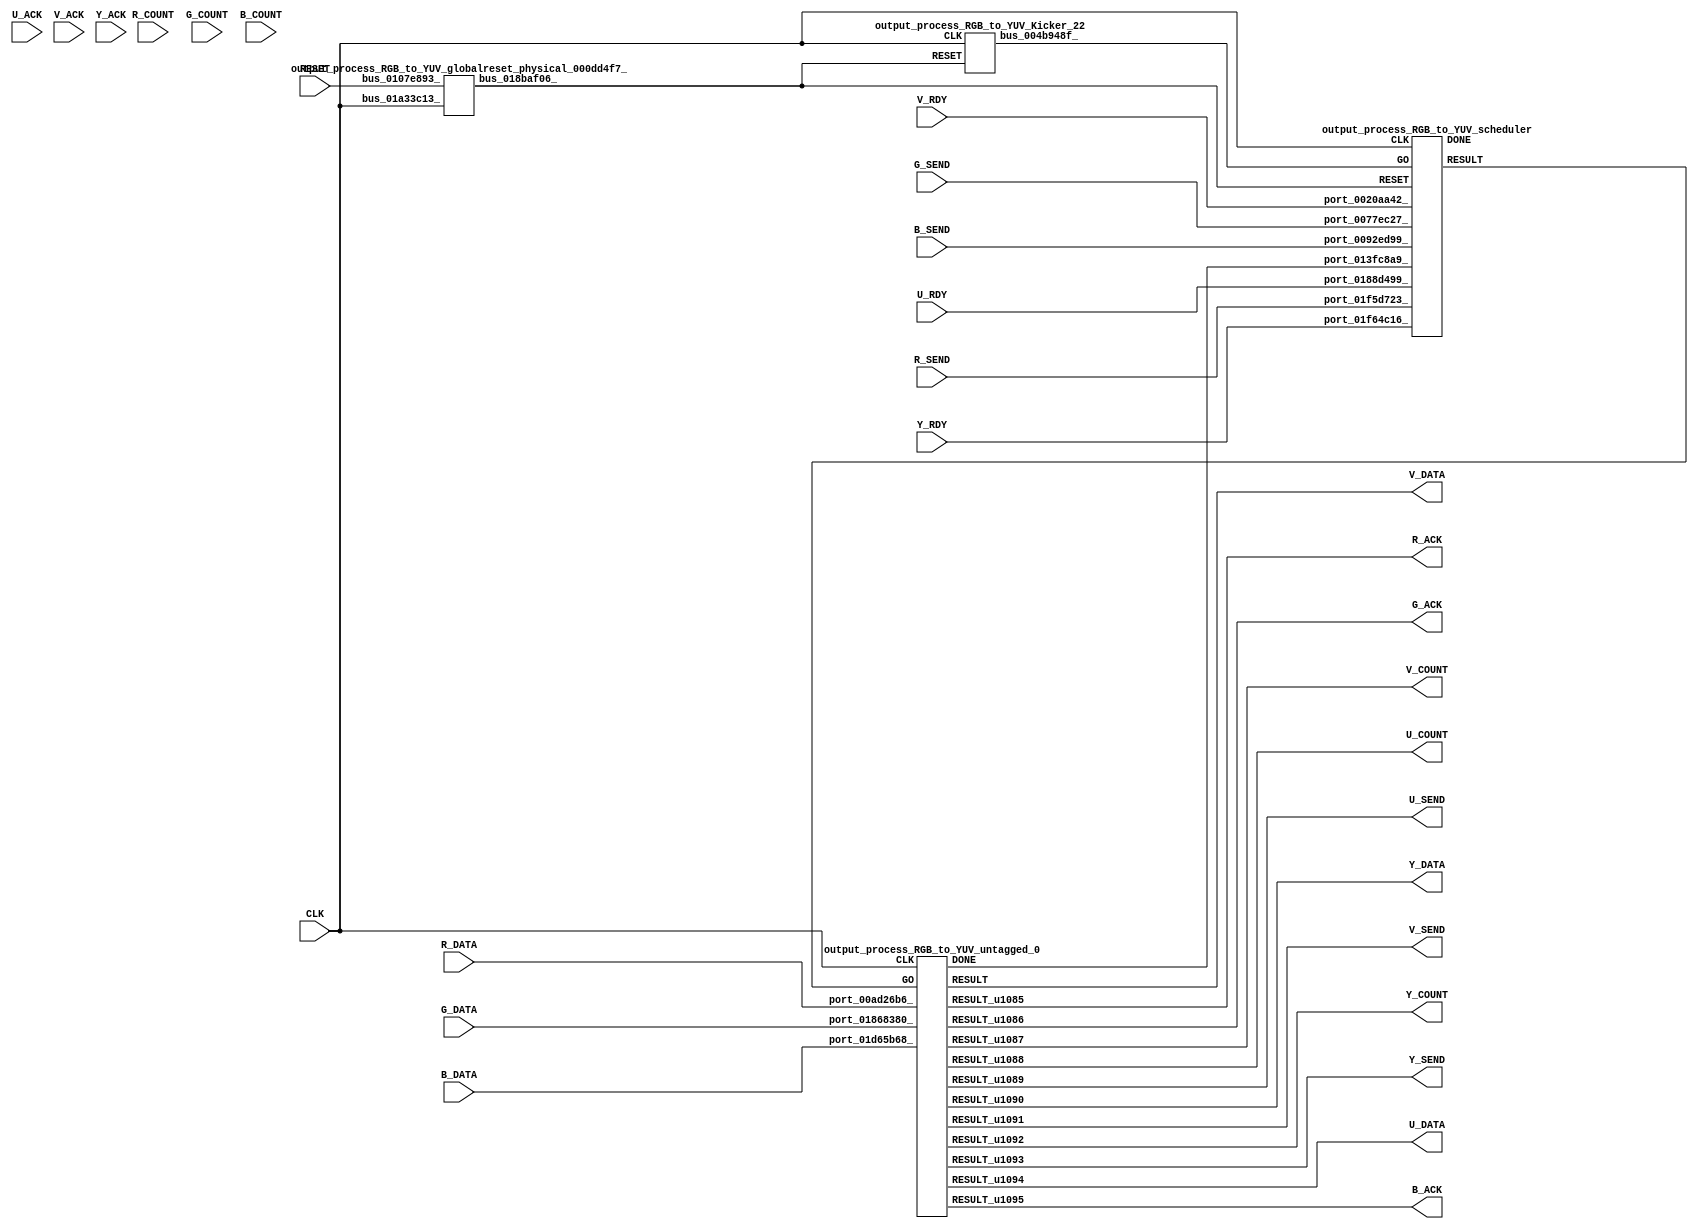
// __  ___ __ ___  _ __   ___  ___ 
// \ \/ / '__/ _ \| '_ \ / _ \/ __|
//  >  <| | | (_) | | | | (_) \__ \
// /_/\_\_|  \___/|_| |_|\___/|___/
// 
// Xronos synthesizer version
// Run date: Wed 14 Oct 2015 15:56:48 +0100
// 

module output_process_RGB_to_YUV(V_COUNT, U_ACK, Y_DATA, B_SEND, R_COUNT, V_ACK, R_DATA, Y_RDY, R_ACK, G_ACK, G_DATA, V_SEND, U_DATA, B_ACK, V_DATA, U_RDY, U_COUNT, RESET, U_SEND, Y_COUNT, R_SEND, CLK, G_COUNT, B_DATA, G_SEND, V_RDY, Y_SEND, B_COUNT, Y_ACK);
output	[15:0]	V_COUNT;
input		U_ACK;
output	[7:0]	Y_DATA;
input		B_SEND;
input	[15:0]	R_COUNT;
input		V_ACK;
input	[7:0]	R_DATA;
input		Y_RDY;
wire		untagged_0_go;
output		R_ACK;
output		G_ACK;
input	[7:0]	G_DATA;
output		V_SEND;
output	[7:0]	U_DATA;
output		B_ACK;
output	[7:0]	V_DATA;
input		U_RDY;
output	[15:0]	U_COUNT;
input		RESET;
output		U_SEND;
output	[15:0]	Y_COUNT;
input		R_SEND;
input		CLK;
input	[15:0]	G_COUNT;
input	[7:0]	B_DATA;
input		G_SEND;
input		V_RDY;
wire		untagged_0_done;
output		Y_SEND;
input	[15:0]	B_COUNT;
input		Y_ACK;
wire		bus_018baf06_;
wire		scheduler;
wire		output_process_RGB_to_YUV_scheduler_instance_DONE;
wire		bus_0080466a_;
wire		untagged_0;
wire		untagged_0_u38;
wire	[15:0]	untagged_0_u35;
wire	[15:0]	untagged_0_u36;
wire	[7:0]	untagged_0_u37;
wire		untagged_0_u41;
wire		output_process_RGB_to_YUV_untagged_0_instance_DONE;
wire	[7:0]	untagged_0_u42;
wire		untagged_0_u39;
wire		untagged_0_u34;
wire		untagged_0_u43;
wire	[7:0]	untagged_0_u33;
wire	[15:0]	untagged_0_u40;
wire		bus_004b948f_;
assign V_COUNT=untagged_0_u36;
assign Y_DATA=untagged_0_u37;
assign untagged_0_go=scheduler;
assign R_ACK=untagged_0;
assign G_ACK=untagged_0_u34;
assign V_SEND=untagged_0_u41;
assign U_DATA=untagged_0_u42;
assign B_ACK=untagged_0_u43;
assign V_DATA=untagged_0_u33;
assign U_COUNT=untagged_0_u35;
assign U_SEND=untagged_0_u38;
assign Y_COUNT=untagged_0_u40;
assign untagged_0_done=bus_0080466a_;
assign Y_SEND=untagged_0_u39;
output_process_RGB_to_YUV_globalreset_physical_000dd4f7_ output_process_RGB_to_YUV_globalreset_physical_000dd4f7__1(.bus_01a33c13_(CLK), 
  .bus_0107e893_(RESET), .bus_018baf06_(bus_018baf06_));
output_process_RGB_to_YUV_scheduler output_process_RGB_to_YUV_scheduler_instance(.CLK(CLK), 
  .RESET(bus_018baf06_), .GO(bus_004b948f_), .port_0188d499_(U_RDY), .port_0077ec27_(G_SEND), 
  .port_0020aa42_(V_RDY), .port_013fc8a9_(untagged_0_done), .port_0092ed99_(B_SEND), 
  .port_01f64c16_(Y_RDY), .port_01f5d723_(R_SEND), .RESULT(scheduler), .DONE(output_process_RGB_to_YUV_scheduler_instance_DONE));
assign bus_0080466a_=output_process_RGB_to_YUV_untagged_0_instance_DONE&{1{output_process_RGB_to_YUV_untagged_0_instance_DONE}};
output_process_RGB_to_YUV_untagged_0 output_process_RGB_to_YUV_untagged_0_instance(.CLK(CLK), 
  .GO(untagged_0_go), .port_01d65b68_(B_DATA), .port_01868380_(G_DATA), .port_00ad26b6_(R_DATA), 
  .RESULT_u1085(untagged_0), .RESULT(untagged_0_u33), .RESULT_u1086(untagged_0_u34), 
  .RESULT_u1088(untagged_0_u35), .RESULT_u1087(untagged_0_u36), .RESULT_u1090(untagged_0_u37), 
  .RESULT_u1089(untagged_0_u38), .RESULT_u1093(untagged_0_u39), .RESULT_u1092(untagged_0_u40), 
  .RESULT_u1091(untagged_0_u41), .RESULT_u1094(untagged_0_u42), .RESULT_u1095(untagged_0_u43), 
  .DONE(output_process_RGB_to_YUV_untagged_0_instance_DONE));
output_process_RGB_to_YUV_Kicker_22 output_process_RGB_to_YUV_Kicker_22_1(.CLK(CLK), 
  .RESET(bus_018baf06_), .bus_004b948f_(bus_004b948f_));
endmodule



module output_process_RGB_to_YUV_globalreset_physical_000dd4f7_(bus_01a33c13_, bus_0107e893_, bus_018baf06_);
input		bus_01a33c13_;
input		bus_0107e893_;
output		bus_018baf06_;
wire		and_0103d30b_u0;
reg		cross_u22=1'h0;
wire		or_00362c3f_u0;
reg		glitch_u22=1'h0;
reg		final_u22=1'h1;
reg		sample_u22=1'h0;
wire		not_0072f07e_u0;
assign bus_018baf06_=or_00362c3f_u0;
assign and_0103d30b_u0=cross_u22&glitch_u22;
always @(posedge bus_01a33c13_)
begin
cross_u22<=sample_u22;
end
assign or_00362c3f_u0=bus_0107e893_|final_u22;
always @(posedge bus_01a33c13_)
begin
glitch_u22<=cross_u22;
end
always @(posedge bus_01a33c13_)
begin
final_u22<=not_0072f07e_u0;
end
always @(posedge bus_01a33c13_)
begin
sample_u22<=1'h1;
end
assign not_0072f07e_u0=~and_0103d30b_u0;
endmodule



module output_process_RGB_to_YUV_scheduler(CLK, RESET, GO, port_0077ec27_, port_0188d499_, port_0020aa42_, port_013fc8a9_, port_0092ed99_, port_01f64c16_, port_01f5d723_, RESULT, DONE);
input		CLK;
input		RESET;
input		GO;
input		port_0077ec27_;
input		port_0188d499_;
input		port_0020aa42_;
input		port_013fc8a9_;
input		port_0092ed99_;
input		port_01f64c16_;
input		port_01f5d723_;
output		RESULT;
output		DONE;
wire		and_u1653_u0;
wire		and_u1654_u0;
wire		and_u1655_u0;
wire		and_u1656_u0;
wire		and_u1657_u0;
wire		not_u338_u0;
wire		and_u1658_u0;
wire		and_u1659_u0;
wire		and_u1660_u0;
wire		not_u339_u0;
wire		and_u1661_u0;
wire		simplePinWrite;
wire		and_u1662_u0;
wire		and_u1663_u0;
wire		or_u476_u0;
reg		loopControl_u36=1'h0;
assign and_u1653_u0=or_u476_u0&or_u476_u0;
assign and_u1654_u0=port_01f5d723_&port_0077ec27_;
assign and_u1655_u0=and_u1654_u0&port_0092ed99_;
assign and_u1656_u0=port_01f64c16_&port_0188d499_;
assign and_u1657_u0=and_u1656_u0&port_0020aa42_;
assign not_u338_u0=~and_u1655_u0;
assign and_u1658_u0=and_u1653_u0&not_u338_u0;
assign and_u1659_u0=and_u1653_u0&and_u1655_u0;
assign and_u1660_u0=and_u1663_u0&not_u339_u0;
assign not_u339_u0=~and_u1657_u0;
assign and_u1661_u0=and_u1663_u0&and_u1657_u0;
assign simplePinWrite=and_u1662_u0&{1{and_u1662_u0}};
assign and_u1662_u0=and_u1661_u0&and_u1663_u0;
assign and_u1663_u0=and_u1659_u0&and_u1653_u0;
assign or_u476_u0=GO|loopControl_u36;
always @(posedge CLK or posedge RESET)
begin
if (RESET)
loopControl_u36<=1'h0;
else loopControl_u36<=and_u1653_u0;
end
assign RESULT=simplePinWrite;
assign DONE=1'h0;
endmodule



module output_process_RGB_to_YUV_untagged_0(CLK, GO, port_01d65b68_, port_01868380_, port_00ad26b6_, RESULT, RESULT_u1085, RESULT_u1086, RESULT_u1087, RESULT_u1088, RESULT_u1089, RESULT_u1090, RESULT_u1091, RESULT_u1092, RESULT_u1093, RESULT_u1094, RESULT_u1095, DONE);
input		CLK;
input		GO;
input	[7:0]	port_01d65b68_;
input	[7:0]	port_01868380_;
input	[7:0]	port_00ad26b6_;
output	[7:0]	RESULT;
output		RESULT_u1085;
output		RESULT_u1086;
output	[15:0]	RESULT_u1087;
output	[15:0]	RESULT_u1088;
output		RESULT_u1089;
output	[7:0]	RESULT_u1090;
output		RESULT_u1091;
output	[15:0]	RESULT_u1092;
output		RESULT_u1093;
output	[7:0]	RESULT_u1094;
output		RESULT_u1095;
output		DONE;
wire		simplePinWrite;
wire		simplePinWrite_u253;
wire		simplePinWrite_u254;
wire	[14:0]	add;
wire	[15:0]	add_u539;
wire	[16:0]	add_u540;
wire	[12:0]	add_u541;
wire	[12:0]	add_u542;
wire	[17:0]	add_u543;
wire	[18:0]	add_u544;
wire	[19:0]	add_u545;
wire signed	[14:0]	multiply_a_signed;
wire signed	[14:0]	multiply_b_signed;
wire	[14:0]	multiply;
wire	[14:0]	add_u546;
wire	[14:0]	add_u547;
wire	[15:0]	subtract;
wire	[14:0]	subtract_u96;
wire	[16:0]	add_u548;
wire	[17:0]	add_u549;
wire	[18:0]	add_u550;
wire	[14:0]	subtract_u97;
wire	[14:0]	subtract_u98;
wire	[14:0]	subtract_u99;
wire	[15:0]	subtract_u100;
wire	[12:0]	add_u551;
wire	[15:0]	subtract_u101;
wire	[16:0]	add_u552;
wire	[17:0]	add_u553;
wire		greaterThan;
wire signed	[31:0]	greaterThan_b_signed;
wire signed	[31:0]	greaterThan_a_signed;
wire		not_u340_u0;
wire		and_u1664_u0;
wire		and_u1665_u0;
wire signed	[31:0]	lessThan_a_signed;
wire signed	[31:0]	lessThan_b_signed;
wire		lessThan;
wire		and_u1666_u0;
wire		not_u341_u0;
wire		and_u1667_u0;
wire	[7:0]	mux_u518;
wire		and_u1668_u0;
wire		and_u1669_u0;
wire		and_u1670_u0;
wire		and_u1671_u0;
wire	[7:0]	mux_u519_u0;
wire		greaterThan_u16;
wire signed	[31:0]	greaterThan_u16_b_signed;
wire signed	[31:0]	greaterThan_u16_a_signed;
wire		and_u1672_u0;
wire		not_u342_u0;
wire		and_u1673_u0;
wire signed	[31:0]	lessThan_u24_a_signed;
wire		lessThan_u24;
wire signed	[31:0]	lessThan_u24_b_signed;
wire		and_u1674_u0;
wire		and_u1675_u0;
wire		not_u343_u0;
wire		and_u1676_u0;
wire		and_u1677_u0;
wire	[7:0]	mux_u520_u0;
wire		and_u1678_u0;
wire	[7:0]	mux_u521_u0;
wire		and_u1679_u0;
wire		greaterThan_u17;
wire signed	[31:0]	greaterThan_u17_a_signed;
wire signed	[31:0]	greaterThan_u17_b_signed;
wire		not_u344_u0;
wire		and_u1680_u0;
wire		and_u1681_u0;
wire		lessThan_u25;
wire signed	[31:0]	lessThan_u25_a_signed;
wire signed	[31:0]	lessThan_u25_b_signed;
wire		not_u345_u0;
wire		and_u1682_u0;
wire		and_u1683_u0;
wire	[7:0]	mux_u522_u0;
wire		and_u1684_u0;
wire		and_u1685_u0;
wire		and_u1686_u0;
wire		and_u1687_u0;
wire	[7:0]	mux_u523_u0;
wire	[15:0]	simplePinWrite_u255;
wire		simplePinWrite_u256;
wire	[7:0]	simplePinWrite_u257;
wire		simplePinWrite_u258;
wire	[7:0]	simplePinWrite_u259;
wire	[15:0]	simplePinWrite_u260;
wire	[15:0]	simplePinWrite_u261;
wire	[7:0]	simplePinWrite_u262;
wire		simplePinWrite_u263;
assign simplePinWrite=GO&{1{GO}};
assign simplePinWrite_u253=GO&{1{GO}};
assign simplePinWrite_u254=GO&{1{GO}};
assign add={1'b0, port_00ad26b6_, 6'b0}+{6'b0, port_00ad26b6_, 1'b0};
assign add_u539={1'b0, port_01868380_, 7'b0}+{8'b0, port_01868380_};
assign add_u540={2'b0, add[14:1], 1'b0}+{1'b0, add_u539};
assign add_u541={1'b0, port_01d65b68_, 4'b0}+{2'b0, port_01d65b68_, 3'b0};
assign add_u542={add_u541[12:3], 3'b0}+{5'b0, port_01d65b68_};
assign add_u543={1'b0, add_u540}+{5'b0, add_u542};
assign add_u544={1'b0, add_u543}+19'h80;
assign add_u545={9'b0, add_u544[18:8]}+20'h10;
assign multiply_a_signed=15'h7fda;
assign multiply_b_signed={7'b0, port_00ad26b6_};
assign multiply=multiply_a_signed*multiply_b_signed;
assign add_u546={1'b0, port_01868380_, 6'b0}+{4'b0, port_01868380_, 3'b0};
assign add_u547={add_u546[14:3], 3'b0}+{6'b0, port_01868380_, 1'b0};
assign subtract={multiply[14], multiply}-{1'b0, add_u547[14:1], 1'b0};
assign subtract_u96={port_01d65b68_, 7'b0}-{3'b0, port_01d65b68_, 4'b0};
assign add_u548={subtract[15], subtract}+{2'b0, subtract_u96};
assign add_u549={add_u548[16], add_u548}+18'h80;
assign add_u550={add_u549[17], add_u549[17], add_u549[17], add_u549[17], add_u549[17], add_u549[17], add_u549[17], add_u549[17], add_u549[17], add_u549[17:8]}+19'h80;
assign subtract_u97={port_00ad26b6_, 7'b0}-{3'b0, port_00ad26b6_, 4'b0};
assign subtract_u98={port_01868380_, 7'b0}-{2'b0, port_01868380_, 5'b0};
assign subtract_u99=subtract_u98-{6'b0, port_01868380_, 1'b0};
assign subtract_u100={1'b0, subtract_u97}-{1'b0, subtract_u99};
assign add_u551={1'b0, port_01d65b68_, 4'b0}+{4'b0, port_01d65b68_, 1'b0};
assign subtract_u101=subtract_u100-{3'b0, add_u551[12:1], 1'b0};
assign add_u552={subtract_u101[15], subtract_u101}+17'h80;
assign add_u553={add_u552[16], add_u552[16], add_u552[16], add_u552[16], add_u552[16], add_u552[16], add_u552[16], add_u552[16], add_u552[16], add_u552[16:8]}+18'h80;
assign greaterThan_a_signed={12'b0, add_u545[12], add_u545[12], add_u545[12], add_u545[12], add_u545[12], add_u545[12], add_u545[12], add_u545[12:0]};
assign greaterThan_b_signed=32'h0;
assign greaterThan=greaterThan_a_signed>greaterThan_b_signed;
assign not_u340_u0=~greaterThan;
assign and_u1664_u0=GO&not_u340_u0;
assign and_u1665_u0=GO&greaterThan;
assign lessThan_a_signed={12'b0, add_u545[12], add_u545[12], add_u545[12], add_u545[12], add_u545[12], add_u545[12], add_u545[12], add_u545[12:0]};
assign lessThan_b_signed=32'hff;
assign lessThan=lessThan_a_signed<lessThan_b_signed;
assign and_u1666_u0=and_u1671_u0&lessThan;
assign not_u341_u0=~lessThan;
assign and_u1667_u0=and_u1671_u0&not_u341_u0;
assign mux_u518=(and_u1668_u0)?add_u545[7:0]:8'hff;
assign and_u1668_u0=and_u1666_u0&and_u1671_u0;
assign and_u1669_u0=and_u1667_u0&and_u1671_u0;
assign and_u1670_u0=and_u1664_u0&GO;
assign and_u1671_u0=and_u1665_u0&GO;
assign mux_u519_u0=(and_u1671_u0)?mux_u518:8'h0;
assign greaterThan_u16_a_signed={add_u550[10], add_u550[10], add_u550[10], add_u550[10], add_u550[10], add_u550[10], add_u550[10], add_u550[10], add_u550[10], add_u550[10], add_u550[10], add_u550[10], add_u550[10], add_u550[10], add_u550[10], add_u550[10], add_u550[10], add_u550[10], add_u550[10], add_u550[10], add_u550[10], add_u550[10:0]};
assign greaterThan_u16_b_signed=32'h0;
assign greaterThan_u16=greaterThan_u16_a_signed>greaterThan_u16_b_signed;
assign and_u1672_u0=GO&not_u342_u0;
assign not_u342_u0=~greaterThan_u16;
assign and_u1673_u0=GO&greaterThan_u16;
assign lessThan_u24_a_signed={add_u550[10], add_u550[10], add_u550[10], add_u550[10], add_u550[10], add_u550[10], add_u550[10], add_u550[10], add_u550[10], add_u550[10], add_u550[10], add_u550[10], add_u550[10], add_u550[10], add_u550[10], add_u550[10], add_u550[10], add_u550[10], add_u550[10], add_u550[10], add_u550[10], add_u550[10:0]};
assign lessThan_u24_b_signed=32'hff;
assign lessThan_u24=lessThan_u24_a_signed<lessThan_u24_b_signed;
assign and_u1674_u0=and_u1678_u0&lessThan_u24;
assign and_u1675_u0=and_u1678_u0&not_u343_u0;
assign not_u343_u0=~lessThan_u24;
assign and_u1676_u0=and_u1675_u0&and_u1678_u0;
assign and_u1677_u0=and_u1674_u0&and_u1678_u0;
assign mux_u520_u0=(and_u1676_u0)?8'hff:add_u550[7:0];
assign and_u1678_u0=and_u1673_u0&GO;
assign mux_u521_u0=(and_u1678_u0)?mux_u520_u0:8'h0;
assign and_u1679_u0=and_u1672_u0&GO;
assign greaterThan_u17_a_signed={add_u553[9], add_u553[9], add_u553[9], add_u553[9], add_u553[9], add_u553[9], add_u553[9], add_u553[9], add_u553[9], add_u553[9], add_u553[9], add_u553[9], add_u553[9], add_u553[9], add_u553[9], add_u553[9], add_u553[9], add_u553[9], add_u553[9], add_u553[9], add_u553[9], add_u553[9], add_u553[9:0]};
assign greaterThan_u17_b_signed=32'h0;
assign greaterThan_u17=greaterThan_u17_a_signed>greaterThan_u17_b_signed;
assign not_u344_u0=~greaterThan_u17;
assign and_u1680_u0=GO&not_u344_u0;
assign and_u1681_u0=GO&greaterThan_u17;
assign lessThan_u25_a_signed={add_u553[9], add_u553[9], add_u553[9], add_u553[9], add_u553[9], add_u553[9], add_u553[9], add_u553[9], add_u553[9], add_u553[9], add_u553[9], add_u553[9], add_u553[9], add_u553[9], add_u553[9], add_u553[9], add_u553[9], add_u553[9], add_u553[9], add_u553[9], add_u553[9], add_u553[9], add_u553[9:0]};
assign lessThan_u25_b_signed=32'hff;
assign lessThan_u25=lessThan_u25_a_signed<lessThan_u25_b_signed;
assign not_u345_u0=~lessThan_u25;
assign and_u1682_u0=and_u1686_u0&lessThan_u25;
assign and_u1683_u0=and_u1686_u0&not_u345_u0;
assign mux_u522_u0=(and_u1685_u0)?add_u553[7:0]:8'hff;
assign and_u1684_u0=and_u1683_u0&and_u1686_u0;
assign and_u1685_u0=and_u1682_u0&and_u1686_u0;
assign and_u1686_u0=and_u1681_u0&GO;
assign and_u1687_u0=and_u1680_u0&GO;
assign mux_u523_u0=(and_u1687_u0)?8'h0:mux_u522_u0;
assign simplePinWrite_u255=16'h1&{16{1'h1}};
assign simplePinWrite_u256=GO&{1{GO}};
assign simplePinWrite_u257=mux_u519_u0;
assign simplePinWrite_u258=GO&{1{GO}};
assign simplePinWrite_u259=mux_u521_u0;
assign simplePinWrite_u260=16'h1&{16{1'h1}};
assign simplePinWrite_u261=16'h1&{16{1'h1}};
assign simplePinWrite_u262=mux_u523_u0;
assign simplePinWrite_u263=GO&{1{GO}};
assign RESULT=simplePinWrite_u262;
assign RESULT_u1085=simplePinWrite;
assign RESULT_u1086=simplePinWrite_u253;
assign RESULT_u1087=simplePinWrite_u261;
assign RESULT_u1088=simplePinWrite_u260;
assign RESULT_u1089=simplePinWrite_u258;
assign RESULT_u1090=simplePinWrite_u257;
assign RESULT_u1091=simplePinWrite_u263;
assign RESULT_u1092=simplePinWrite_u255;
assign RESULT_u1093=simplePinWrite_u256;
assign RESULT_u1094=simplePinWrite_u259;
assign RESULT_u1095=simplePinWrite_u254;
assign DONE=GO;
endmodule



module output_process_RGB_to_YUV_Kicker_22(CLK, RESET, bus_004b948f_);
input		CLK;
input		RESET;
output		bus_004b948f_;
wire		bus_015eda73_;
wire		bus_004882b7_;
wire		bus_00960379_;
wire		bus_00d40d15_;
reg		kicker_1=1'h0;
reg		kicker_2=1'h0;
reg		kicker_res=1'h0;
assign bus_015eda73_=bus_00d40d15_&kicker_1;
assign bus_004882b7_=~kicker_2;
assign bus_00960379_=kicker_1&bus_00d40d15_&bus_004882b7_;
assign bus_00d40d15_=~RESET;
always @(posedge CLK)
begin
kicker_1<=bus_00d40d15_;
end
always @(posedge CLK)
begin
kicker_2<=bus_015eda73_;
end
always @(posedge CLK)
begin
kicker_res<=bus_00960379_;
end
assign bus_004b948f_=kicker_res;
endmodule